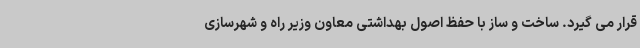
قرار می گیرد. ساخت و ساز با حفظ اصول بهداشتی معاون وزیر راه و شهرسازی